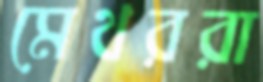
মেথররা